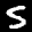
Label: 5